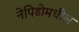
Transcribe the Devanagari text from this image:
नेपिडोमधील